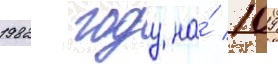
1982 году на́ 109